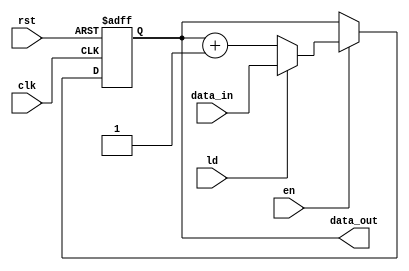
/*********************************************************
 *
 *  Module: counter.v
 *  Project: Hunter_RV32
 *  Description: Counter with enable and load
 *
 *********************************************************/
`timescale 1ns/1ns

module counter_32
(
    input clk,
    input rst, 
    input en,
    input ld,
    input [31:0] data_in,
    output reg [31:0] data_out
);

    always @ (posedge clk or posedge rst) begin
        if (rst)
            data_out <= 32'd0;
        else if (en)
                if (ld)
                    data_out <= data_in;
                else 
                    data_out <= data_out + 32'b1;
        else
            data_out <= data_out; 
    end
    
endmodule